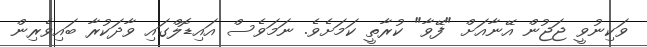
ވަކިނުވީ ޖަޖުން އޭނާއަށް "ފޭވާ" ކުރާތީ ކަމަށެވެ. ނަމަވެސް އައިޑޮލްގައި ވާދަކުރާ ބައިވެރިން